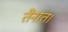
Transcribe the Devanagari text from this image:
तैनात।